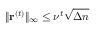
\| \mathbf { r } ^ { ( t ) } \| _ { \infty } \leq \nu ^ { t } \sqrt { \Delta n }